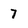
Character: 7